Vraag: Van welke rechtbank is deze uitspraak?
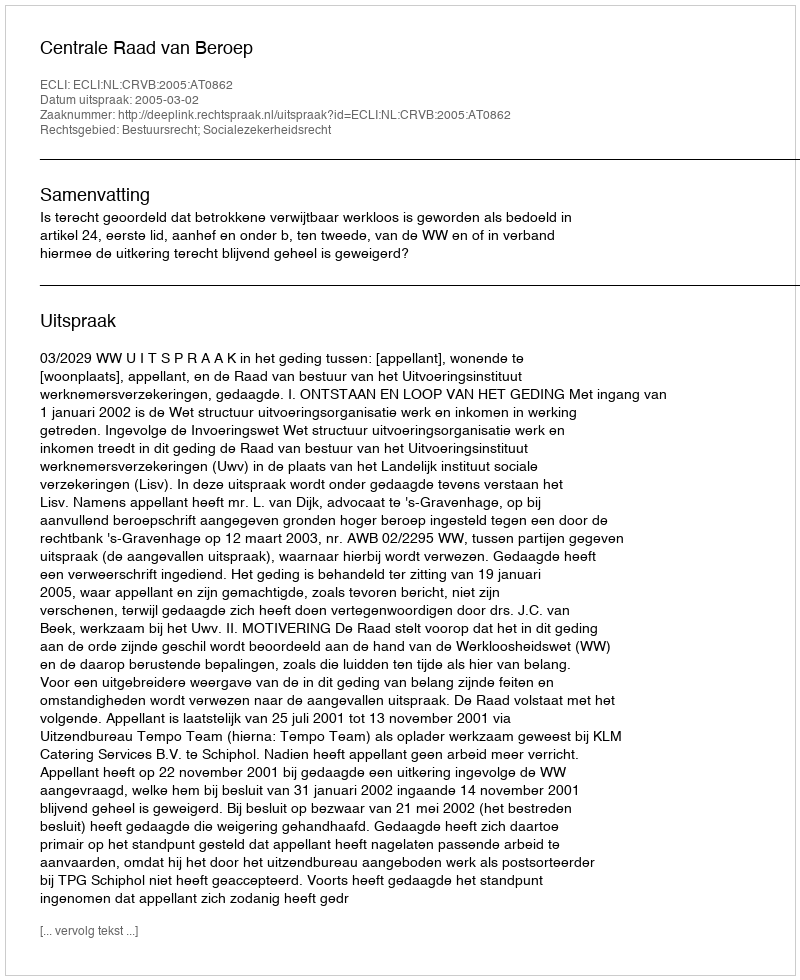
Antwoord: Centrale Raad van Beroep